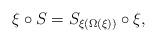
LaTeX: \begin{align*}\xi \circ S = S_{\xi(\Omega ({\xi}))} \circ \xi,\end{align*}